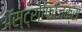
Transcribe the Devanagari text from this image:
अॅस्ट्रोफिजिक्स